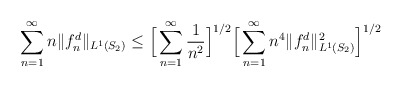
\begin{align*}\sum_{n=1}^{\infty}n\Vert f_n^d \Vert_{L^{1}(S_2)}\leq \Big[\sum_{n=1}^{\infty}\dfrac{1}{n^2}\Big]^{1/2}\Big[\sum_{n=1}^{\infty}n^4\Vert f_n^d \Vert_{L^{1}(S_2)}^2\Big]^{1/2}\end{align*}